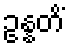
ဥန္နတိံ